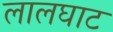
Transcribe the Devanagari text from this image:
लालघाट